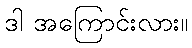
ဒါ အကြောင်းလား။